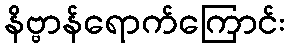
နိဗ္ဗာန်ရောက်ကြောင်း